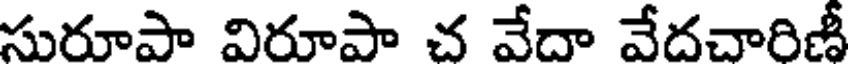
సురూపా విరూపా చ వేదా వేదచారిణీ